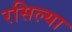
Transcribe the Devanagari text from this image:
रसिल्या